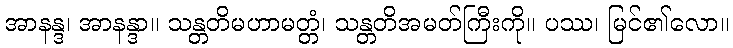
အာနန္ဒ၊ အာနန္ဒာ။ သန္တတိမဟာမတ္တံ၊ သန္တတိအမတ်ကြီးကို။ ပဿ၊ မြင်၏လော။